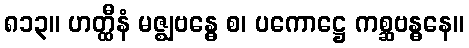
၈၁၃။ ဟတ္ထီနံ မဇ္ဈဗန္ဓေ စ၊ ပကောဋ္ဌေ ကစ္ဆဗန္ဓနေ။